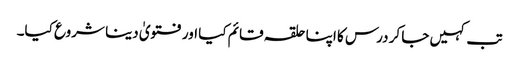
تب کہیں جا کر درس کا اپنا حلقہ قائم کیا اور فتویٰ دینا شروع کیا۔